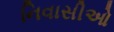
નિવાસીઓ